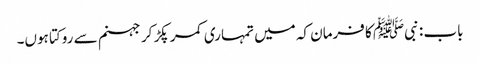
باب : نبیﷺ کا فرمان کہ میں تمہاری کمر پکڑ کر جہنم سے روکتا ہوں۔